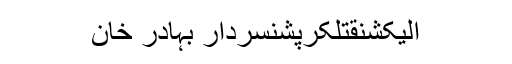
الیکشنقتلکرپشنسردار بہادر خان